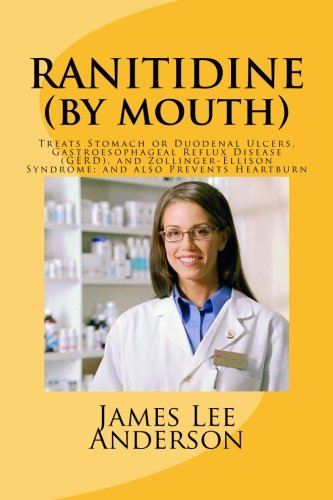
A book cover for RANITIDINE (By Mouth): Treats Stomach or Duodenal Ulcers, Gastroesophageal Reflux Disease (GERD), and Zollinger-Ellison Syndrome; and also Prevents Heartburn; James Lee Anderson; Health, Fitness & Dieting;